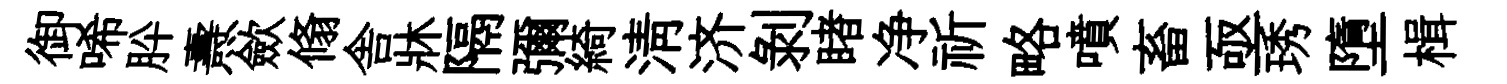
御唏肸燾歛翛舎牀隔彌綺淸济剝睹净祈略噴畜亟琇墮楫